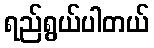
ရည်ရွယ်ပါတယ်